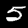
Digit: 5